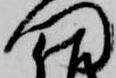
門